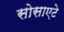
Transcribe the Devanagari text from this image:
सोसाएटे